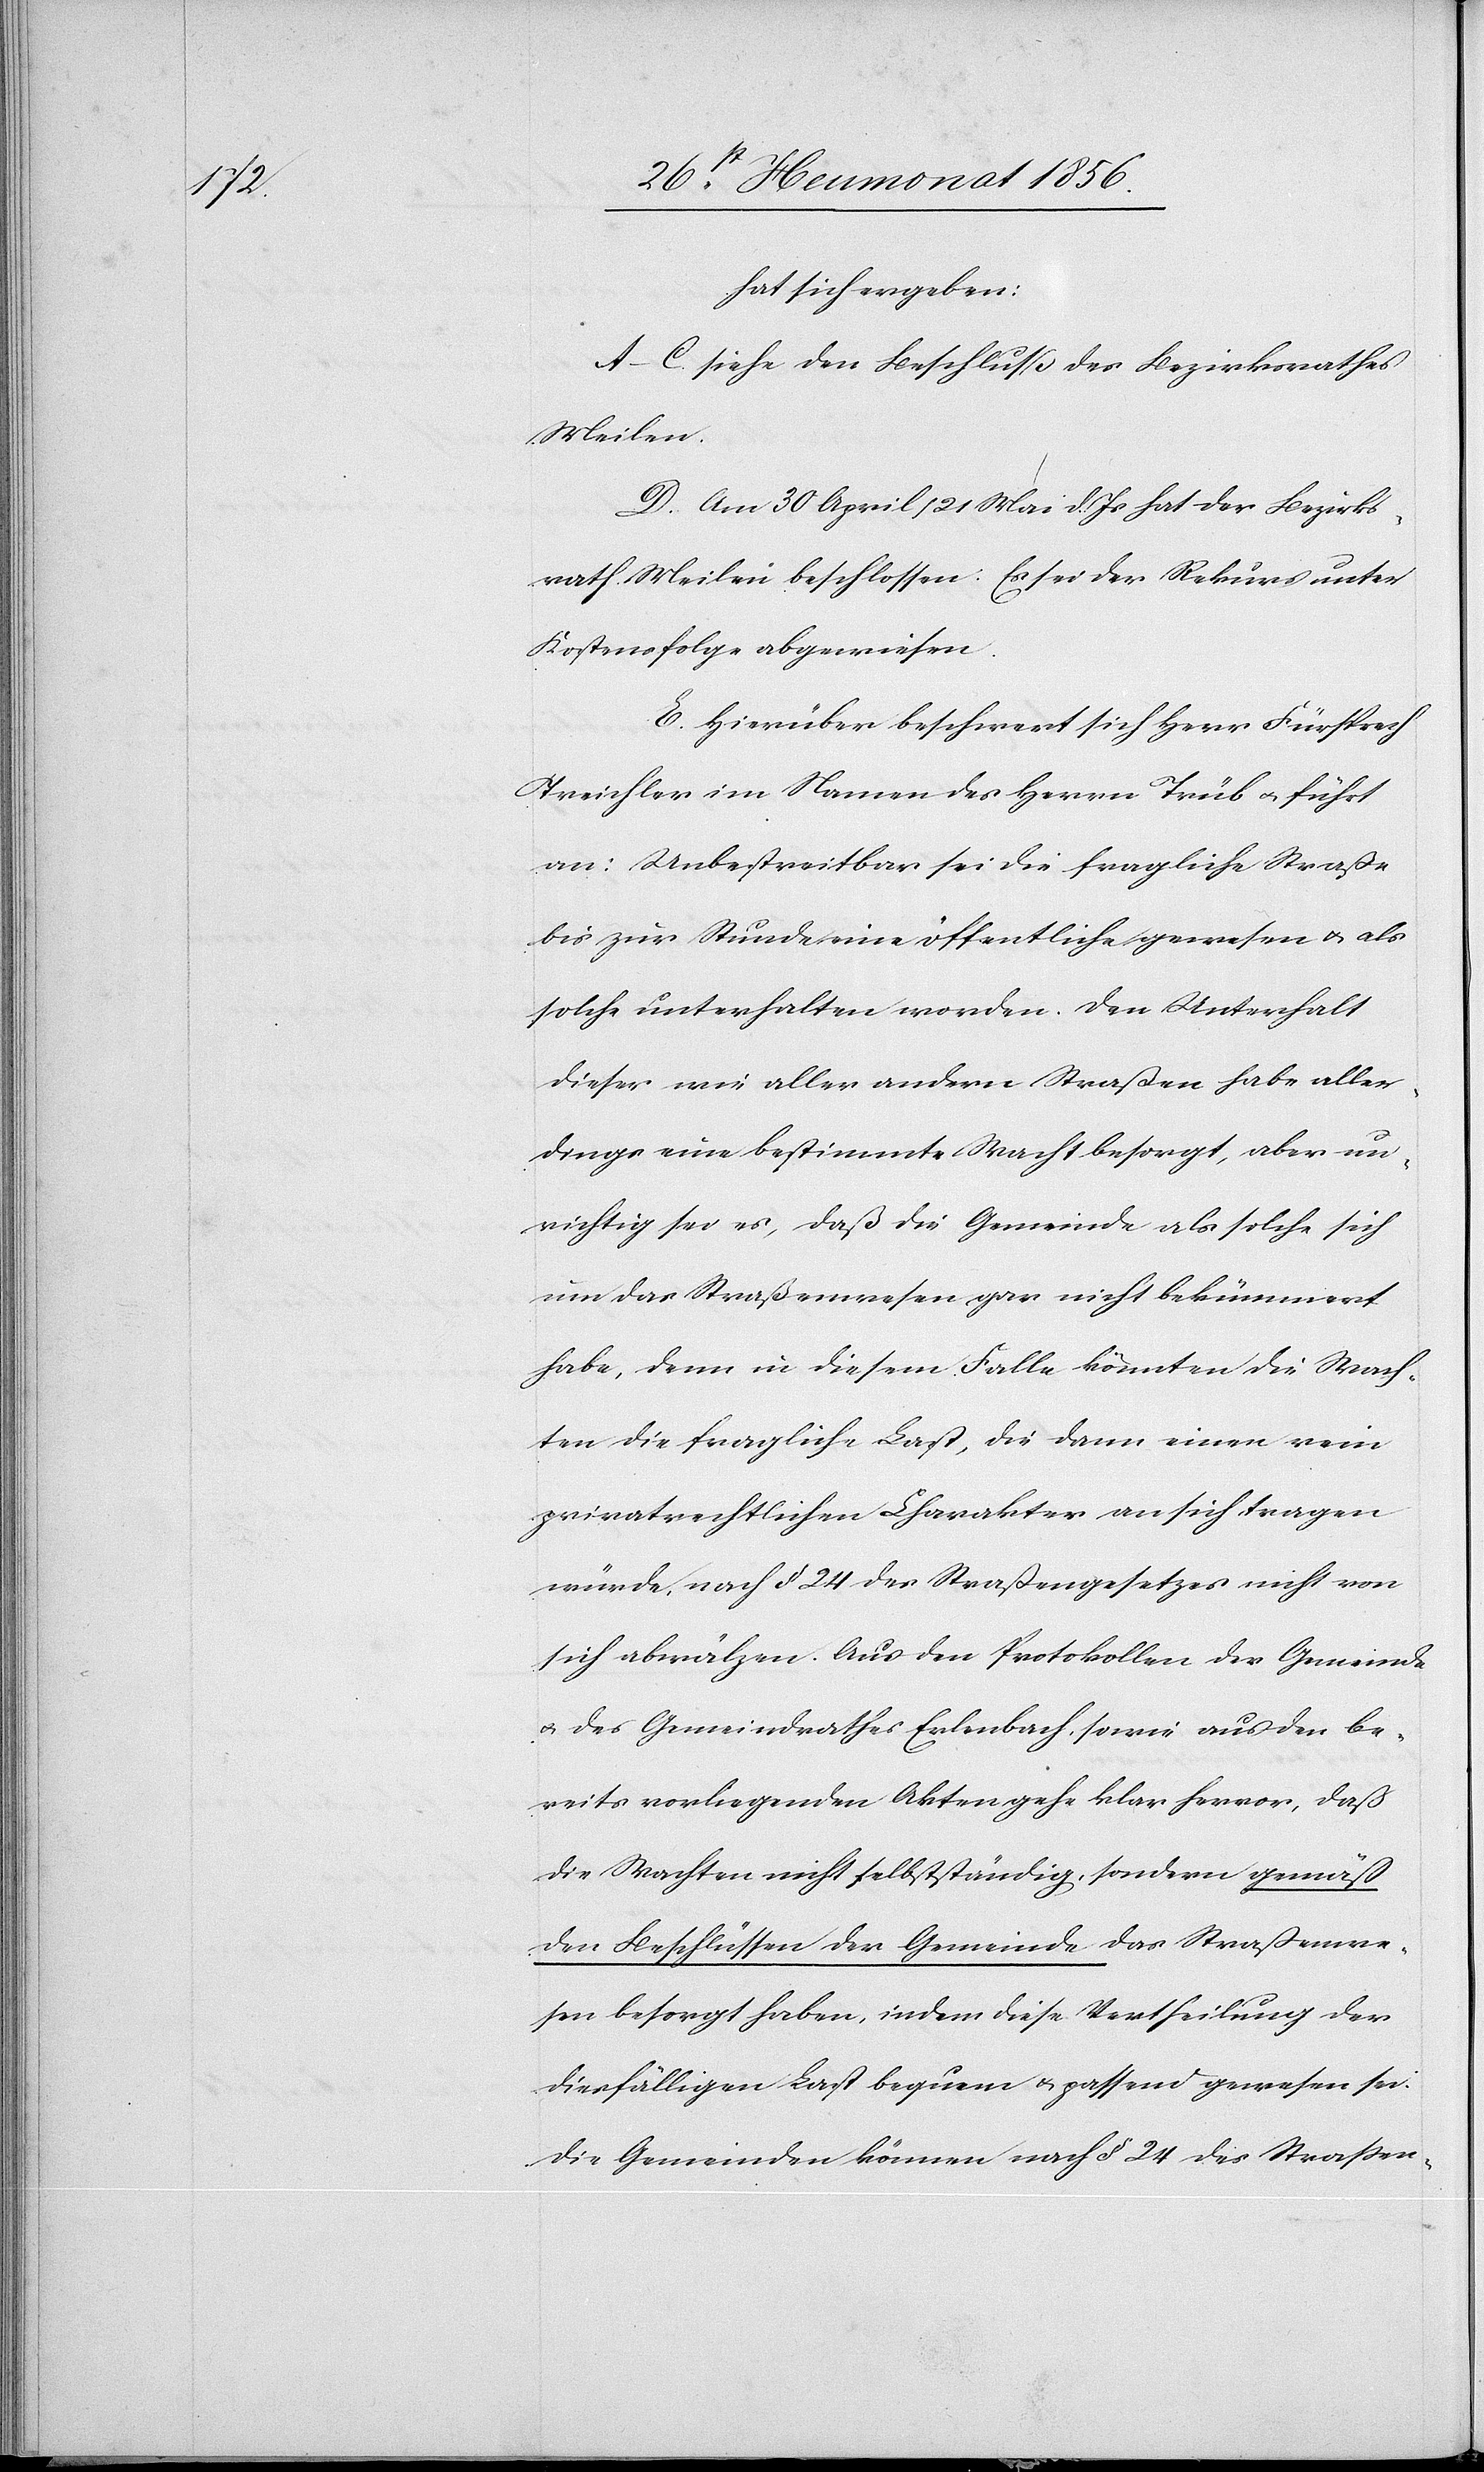
hat sich ergeben:
A–C. siehe den Beschluß des Bezirksrathes
Meilen.
D. Am 30 April/21 Mai d. Js hat der Bezirks¬
rath Meilen beschlossen: Es sei der Rekurs unter
Kostensfolge abgewiesen.
E. Hierüber beschwert sich Herr Fürsprech
Treichler im Namen des Herrn Trüb u. führt
an: Unbestreitbar sei die fragliche Straße
bis zur Stunde eine öffentliche gewesen u. als
solche unterhalten worden. Den Unterhalt
dieser wie aller andern Straßen habe aller¬
dings eine bestimmte Wacht besorgt, aber un¬
richtig sei es, daß die Gemeinde als solche sich
um das Straßenwesen gar nicht bekümmert
habe, denn in diesem Falle könnten die Wach¬
ten die fragliche Last, die dann einen rein
privatrechtlichen Charakter an sich tragen
würde, nach § 24 des Straßengesetzes nicht von
sich abwälzen. Aus den Protokollen der Gemeinde
u. des Gemeindrathes Erlenbach, sowie aus den be¬
reits vorliegenden Akten gehe klar hervor, daß
die Wachten nicht selbstständig, sondern gemäß
den Beschlüssen der Gemeinde das Straßenwe¬
sen besorgt haben, indem diese Vertheilung der
diesfälligen Last bequem u. passend gewesen sei.
Die Gemeinden können nach § 24 des Strassen-